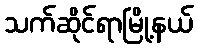
သက်ဆိုင်ရာမြို့နယ်